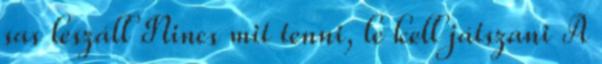
sas leszáll Nincs mit tenni, le kell játszani A